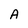
Character: A